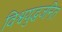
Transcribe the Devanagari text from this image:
विश्वयुद्धजनित